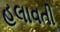
હલાવતી